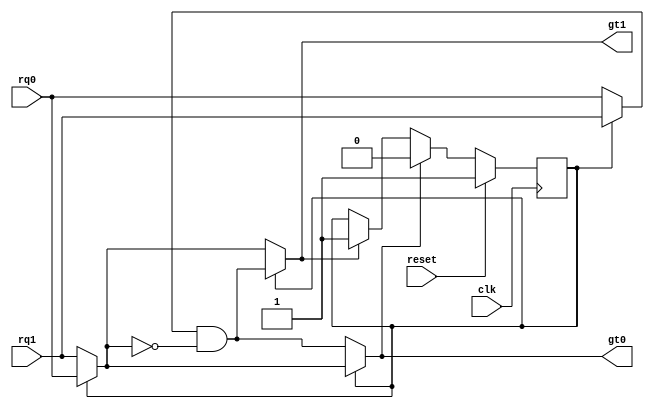
module arbiter(
    input rq0, rq1,//two request from different channel
    input clk, reset,
    output gt0, gt1//two grant output
);
    wire r0, r1;//outputs of the input barrel shifter as well as inputs of the fixed priority resolver
    wire g0, g1;//outputs of the fixed priority resolver as well as inputs of the output barrel shifter
    reg lgt;//last grant
    //input barrel shifter
    assign r0 = (!lgt) ? rq1 : rq0;//if last grant is 0, demote priority of rq0
    assign r1 = (!lgt) ? rq0 : rq1;//if last grant is 0, elevate priority of rq1
    //fixed priority resolver
    assign g0 = r0;//r0 always has the highest priority
    assign g1 = r1 & (~r0);//only r0 does not request, r1 gets granted
    //output barrel shifter
    assign gt0 = (!lgt) ? g1 : g0;//rotate back to the original port
    assign gt1 = (!lgt) ? g0 : g1;

    always @(posedge clk) begin
        if (reset) begin
            lgt <= 1'b1;//on reset rq0 has the highest priority
        end
        else begin
            if (gt0) lgt <= 1'b0;//last grant is rq0
            else if (gt1) lgt <= 1'b1;//last grant is rq1
            else lgt <= lgt;//no one is requesting
        end
    end
endmodule